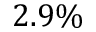
2 . 9 \%